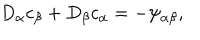
LaTeX: D _ { \alpha } c _ { \beta } + D _ { \beta } c _ { \alpha } = - \psi _ { \alpha \beta } ,